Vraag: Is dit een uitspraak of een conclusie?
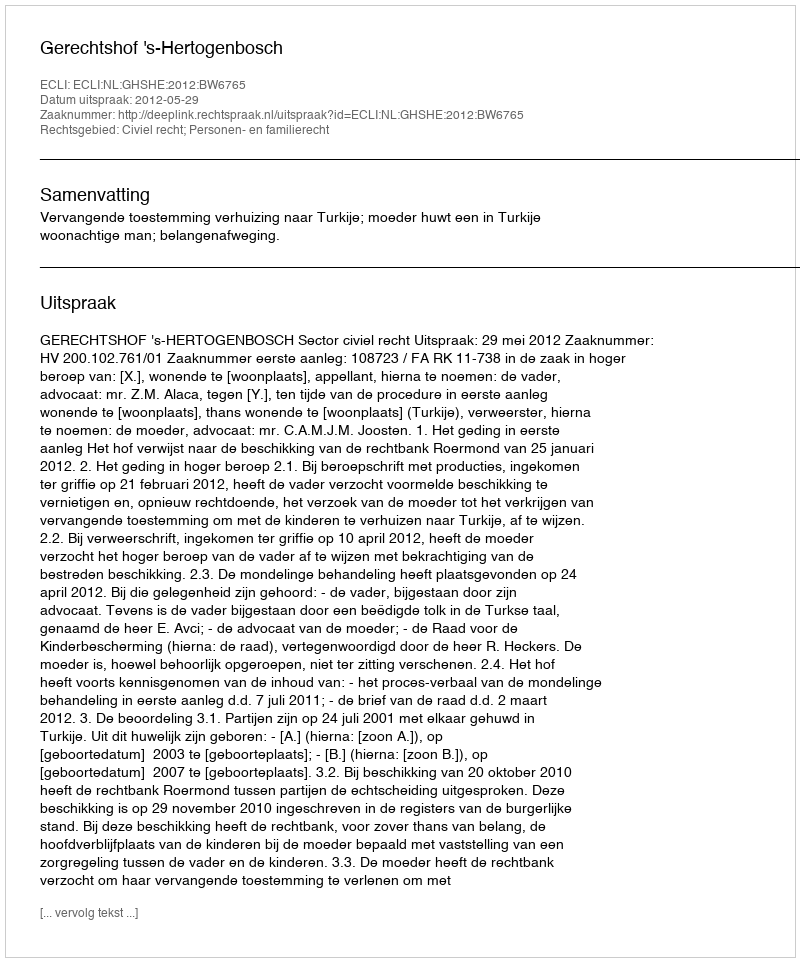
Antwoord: Uitspraak